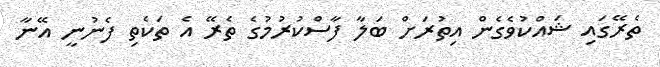
ތެރޭގައި ޝައްކުވެގެން އިތުރަށް ބަލާ ފާސްކުރުމުގެ ތެރޭ އެ ތަކެތި ފެނުނީ އޭނާ